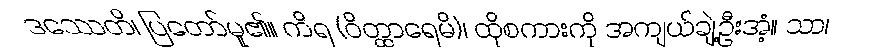
ဒဿေတိ၊ ပြတော်မူ၏။ ကိရ (ဝိတ္ထာရေမိ)၊ ထိုစကားကို အကျယ်ချဲ့ဦးအံ့။ သာ၊